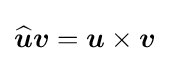
{\widehat {\boldsymbol {u}}}{\boldsymbol {v}}={\boldsymbol {u}}\times {\boldsymbol {v}}